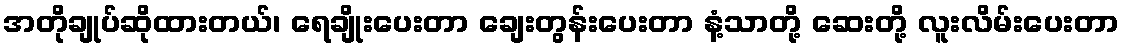
အတိုချုပ်ဆိုထားတယ်၊ ရေချိုးပေးတာ ချေးတွန်းပေးတာ နံ့သာတို့ ဆေးတို့ လူးလိမ်းပေးတာ